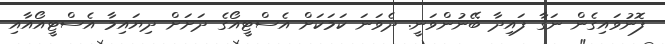
ފޮނުވައިގެން ނަގާ ފައިދާ ބޭނުންވަނީ. ދެވަނަ ކަމަކަށް އެސްޓީއޯގެ ދަށަށް ދިޔައިމާ އެސްޓީއޯއާއި